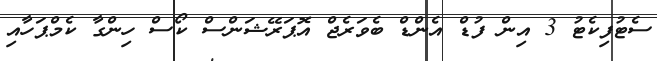
ސެޓުފިކެޓު 3 އިން ފުޑް އެންޑް ބެވަރެޖް އޮޕަރޭޝަންސް ކޯސް ހިންގާ ކެމްޕަހާއި